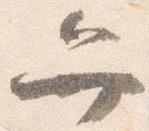
弁